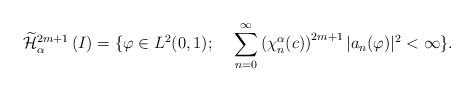
LaTeX: \begin{align*}\widetilde{\mathcal{H}}^{2m+1}_{\alpha}\left(I\right)=\{\varphi\in L^2(0,1);~~~\displaystyle\sum_{n=0}^{\infty}\left(\chi_n^{\alpha}(c)\right)^{2m+1}|a_n(\varphi)|^2<\infty\}.\end{align*}